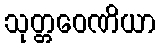
သုတ္တဝေဏိယာ